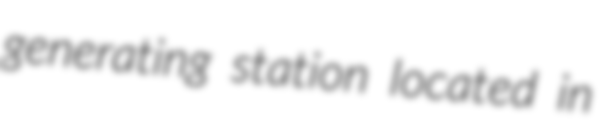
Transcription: generating station located in